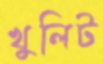
খুলিট